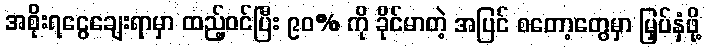
အစိုးရငွေချေးရာမှာ ထည့်ဝင်ပြီး ၉၀% ကို ခိုင်မာတဲ့ အပြင် စတော့တွေမှာ မြှပ်နှံဖို့